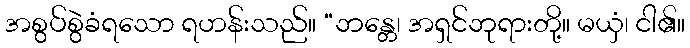
အစွပ်စွဲခံရသော ရဟန်းသည်။ “ဘန္တေ၊ အရှင်ဘုရားတို့။ မယှံ၊ ငါ၏။